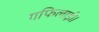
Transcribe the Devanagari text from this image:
गफिलाई॥